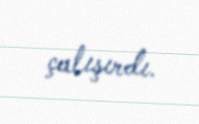
çalışırdı.